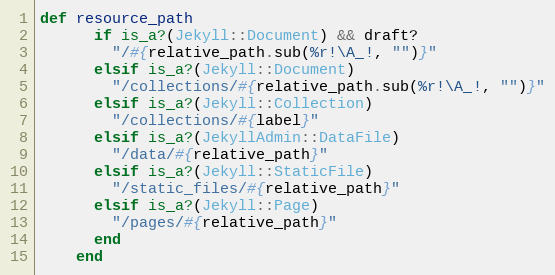
Language: Ruby
def resource_path
      if is_a?(Jekyll::Document) && draft?
        "/#{relative_path.sub(%r!\A_!, "")}"
      elsif is_a?(Jekyll::Document)
        "/collections/#{relative_path.sub(%r!\A_!, "")}"
      elsif is_a?(Jekyll::Collection)
        "/collections/#{label}"
      elsif is_a?(JekyllAdmin::DataFile)
        "/data/#{relative_path}"
      elsif is_a?(Jekyll::StaticFile)
        "/static_files/#{relative_path}"
      elsif is_a?(Jekyll::Page)
        "/pages/#{relative_path}"
      end
    end